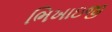
ભિખાઇજી